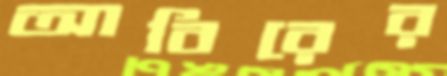
আবিরের